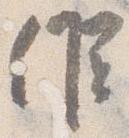
候